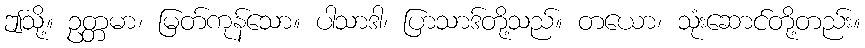
ဤသို့။ ဥတ္တမာ၊ မြတ်ကုန်သော။ ပါသာဒါ၊ ပြာသာဒ်တို့သည်။ တယော၊ သုံးဆောင်တို့တည်း။